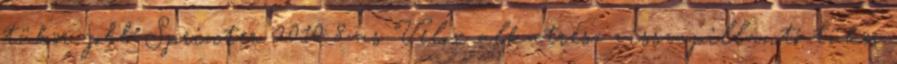
tükör jobb Sprinter 2010 8-as Velox alkatrész visszapillantó tükör